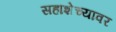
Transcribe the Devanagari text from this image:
सहाशेच्यावर